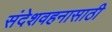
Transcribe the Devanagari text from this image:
संदेशवहनासाठी